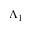
\Lambda _ { 1 }